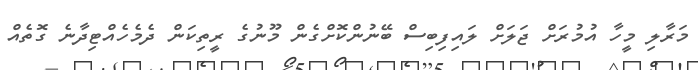
މަރާލި މީހާ އުމުރަށް ޖަލަށް ލައިފިބިސް ބޭނުންކޮށްގެން މޫނުގެ ރީތިކަން ދެމެހެއްޓިދާނެ ގޮތެއް